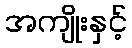
အကျိုးနှင့်